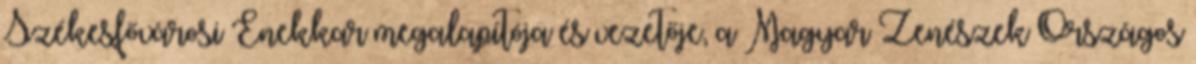
Székesfővárosi Énekkar megalapítója és vezetője, a Magyar Zenészek Országos